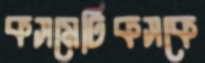
কসমেটিকসকে